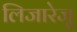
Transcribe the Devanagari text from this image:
लिजारेजु